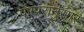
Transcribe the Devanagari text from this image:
पंरपरानुसार